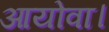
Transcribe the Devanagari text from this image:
आयोवा।